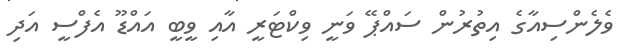
ވެލެންސިއާގެ އިތުރުން ސައްޕޭ ވަނީ ވިކްޓަރީ އާއި ވީބީ އައްޑޫ އެފްސީ އަދި